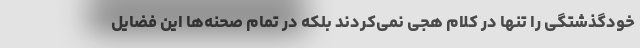
خودگذشتگی را تنها در کلام هجی نمی‌کردند بلکه در تمام صحنه‌ها این فضایل